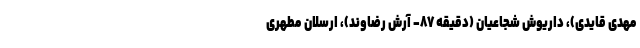
مهدی قایدی)، داریوش شجاعیان (دقیقه ۸۷- آرش رضاوند)، ارسلان مطهری